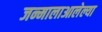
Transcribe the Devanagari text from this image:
जन्मालाआलेल्या